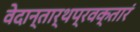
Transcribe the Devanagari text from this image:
वेदान्तार्थप्रवक्तारं